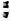
: